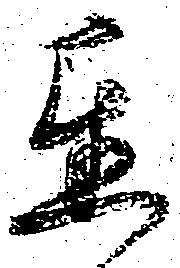
遅